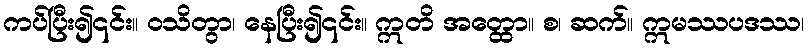
ကပ်ပြီး၍၎င်း။ ဝသိတွာ၊ နေပြီး၍၎င်း။ ဣတိ အတ္ထော။ စ၊ ဆက်။ ဣမဿပဒဿ၊